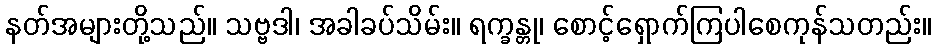
နတ်အများတို့သည်။ သဗ္ဗဒါ၊ အခါခပ်သိမ်း။ ရက္ခန္တု၊ စောင့်ရှောက်ကြပါစေကုန်သတည်း။